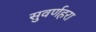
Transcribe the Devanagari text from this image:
सुवर्णहरा